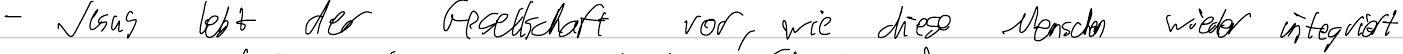
- Jesus lebt der Gesellschaft vor, wie diese Menschen wieder integriert